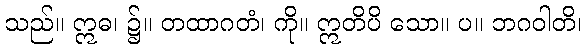
သည်။ ဣဓ၊ ၌။ တထာဂတံ၊ ကို။ ဣတိပိ သော။ ပ။ ဘဂဝါတိ၊